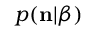
p ( { \bf n } | \beta )